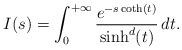
LaTeX: \begin{align*}I(s)=\int_0^{+\infty} \frac{e^{-s\coth(t)}}{\sinh^d(t)}\,dt.\end{align*}